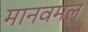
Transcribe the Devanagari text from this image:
मानवमल